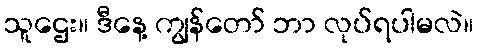
သူဌေး။ ဒီနေ့ ကျွန်တော် ဘာ လုပ်ရပါမလဲ။